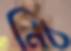
নিচ